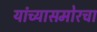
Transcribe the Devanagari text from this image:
यांच्यासमोरचा